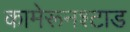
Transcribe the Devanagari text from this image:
कामेरूनश्टाड